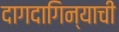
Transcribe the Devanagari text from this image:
दागदागिन्याची